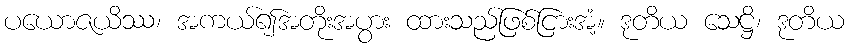
ပယောဇယိဿ၊ အကယ်၍အတိုးအပွား ထားသည်ဖြစ်ငြားအံ့။ ဒုတိယ သေဋ္ဌိ၊ ဒုတိယ